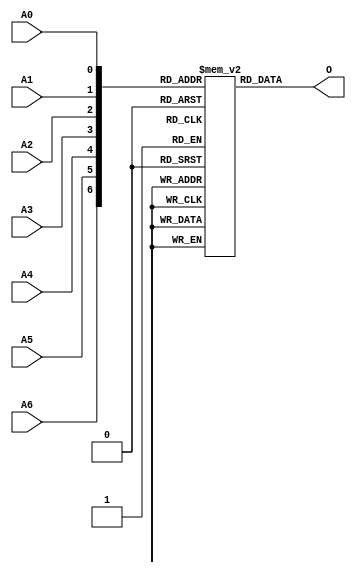
// $Header: /devl/xcs/repo/env/Databases/CAEInterfaces/verunilibs/s/ROM128X1.v,v 1.8.22.1 2003/11/18 20:41:40 wloo Exp $

/*

FUNCTION	: ROM 128x1

*/

`timescale  100 ps / 10 ps


module ROM128X1 (O, A0, A1, A2, A3, A4, A5, A6);

    parameter INIT = 128'h00000000000000000000000000000000;

    output O;

    input  A0, A1, A2, A3, A4, A5, A6;

    wire dout;
    wire [6:0] adr;

    reg mem [0:127];
    reg  [15:0] count;

    buf b0 (adr[6], A6);
    buf b1 (adr[5], A5);
    buf b2 (adr[4], A4);
    buf b3 (adr[3], A3);
    buf b4 (adr[2], A2);
    buf b5 (adr[1], A1);
    buf b6 (adr[0], A0);
    buf b7 (O, dout);

    initial begin
	for(count = 0; count < 128; count = count + 1)
	    mem[count] = INIT[count];
    end

    assign dout = mem[adr];

    specify
	(A6 => O) = (0, 0);
	(A5 => O) = (0, 0);
	(A4 => O) = (0, 0);
	(A3 => O) = (0, 0);
	(A2 => O) = (0, 0);
	(A1 => O) = (0, 0);
	(A0 => O) = (0, 0);
    endspecify

endmodule